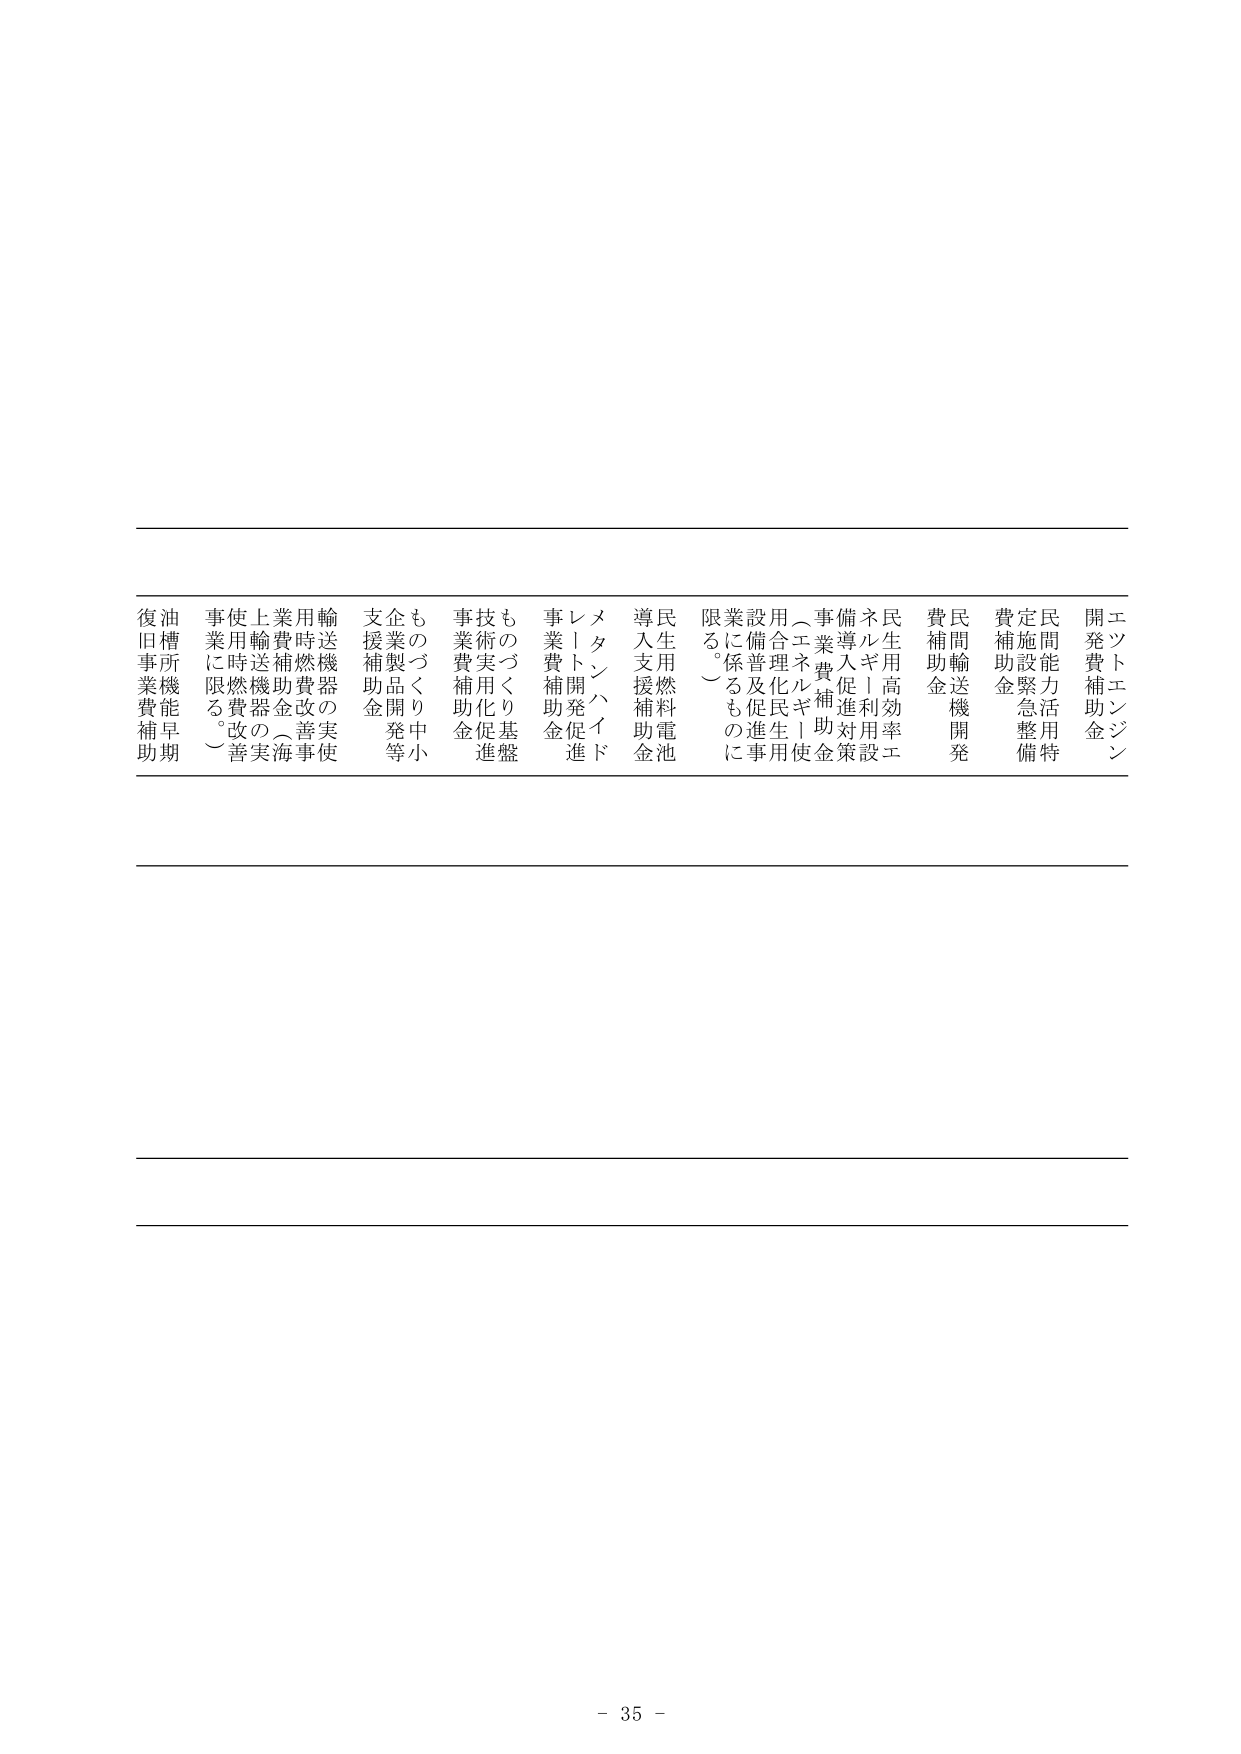
- 35 -

エントエンジン
開発費補助金
民間能力活用特
定施設緊急整備
費補助金
民間輸送機開発
費補助金
民生用高効率エネ
ルギー利用設備
導入促進対策
事業費補助金
（エネ補助金）
用合理化民生使用
設備普及促進事業
業に係るものに
限る。）
民生用燃料電池
導入支援補助金
メタンハイド
レート開発促進
事業費補助金
ものづくり基盤
技術実用化促進
事業費補助金
ものづくり中小
企業製品開発等
支援補助金
輸送機器の実使
用時燃費改善事
業費補助金（海
上輸送機器の実
使用時燃費改善
事業に限る。）
油槽機能早期
復旧事業費補助